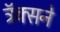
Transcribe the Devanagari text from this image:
ट्रॅक्सने